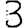
Digit: 3